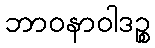
ဘာဝနာဝါဒဉ္စ